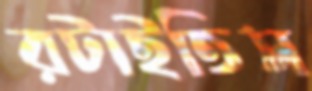
রটাইতিস